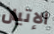
الإتيان